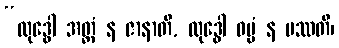
“လုဒ္ဓေါ အတ္ထံ န ဇာနာတိ, လုဒ္ဓေါ ဓမ္မံ န ပဿတိ၊